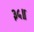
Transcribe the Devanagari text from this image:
३५॥